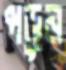
পড়ুন